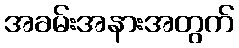
အခမ်းအနားအတွက်